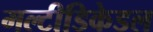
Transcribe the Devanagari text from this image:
मल्टीडिकेडल